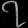
Digit: ၇